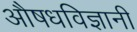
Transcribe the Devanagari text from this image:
औषधविज्ञानी